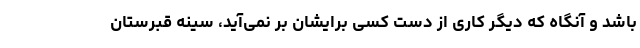
باشد و آنگاه که دیگر کاری از دست کسی برایشان بر نمی‌آید، سینه قبرستان